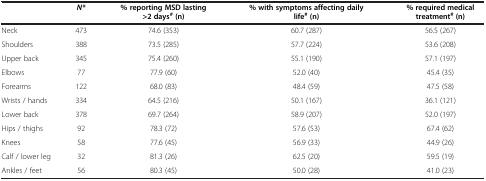
<table><thead><tr><td><b> </b></td><td><b><i>N*</i></b></td><td colspan="2"><b>% reporting MSD lasting &gt;2 days<sup># </sup>(n)</b></td><td colspan="2"><b>% with symptoms affecting daily life<sup># </sup>(n)</b></td><td colspan="2"><b>% required medical treatment<sup># </sup>(n)</b></td></tr></thead><tbody><tr><td>Neck</td><td>473</td><td colspan="2">74.6 (353)</td><td colspan="2">60.7 (287)</td><td colspan="2">56.5 (267)</td></tr><tr><td>Shoulders</td><td>388</td><td colspan="2">73.5 (285)</td><td colspan="2">57.7 (224)</td><td colspan="2">53.6 (208)</td></tr><tr><td>Upper back</td><td>345</td><td colspan="2">75.4 (260)</td><td colspan="2">55.1 (190)</td><td colspan="2">57.1 (197)</td></tr><tr><td>Elbows</td><td>77</td><td colspan="2">77.9 (60)</td><td colspan="2">52.0 (40)</td><td colspan="2">45.4 (35)</td></tr><tr><td>Forearms</td><td>122</td><td colspan="2">68.0 (83)</td><td colspan="2">48.4 (59)</td><td colspan="2">47.5 (58)</td></tr><tr><td>Wrists / hands</td><td>334</td><td colspan="2">64.5 (216)</td><td colspan="2">50.1 (167)</td><td colspan="2">36.1 (121)</td></tr><tr><td>Lower back</td><td>378</td><td colspan="2">69.7 (264)</td><td colspan="2">58.9 (207)</td><td colspan="2">52.0 (197)</td></tr><tr><td>Hips / thighs</td><td>92</td><td colspan="2">78.3 (72)</td><td colspan="2">57.6 (53)</td><td colspan="2">67.4 (62)</td></tr><tr><td>Knees</td><td>58</td><td colspan="2">77.6 (45)</td><td colspan="2">56.9 (33)</td><td colspan="2">44.9 (26)</td></tr><tr><td>Calf / lower leg</td><td>32</td><td colspan="2">81.3 (26)</td><td colspan="2">62.5 (20)</td><td colspan="2">59.5 (19)</td></tr><tr><td>Ankles / feet</td><td>56</td><td colspan="2">80.3 (45)</td><td colspan="2">50.0 (28)</td><td colspan="2">41.0 (23)</td></tr></tbody></table>